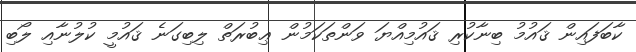
ކާބަފައިން ޤައުމު ބިނާކުރި ޤައުމިއްޔަ ވަންތަކަމުން ޢިބުރަތް ލިބިގަނެ ޤައުމީ ކުލުނާއި ލޯބި